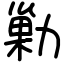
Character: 勦